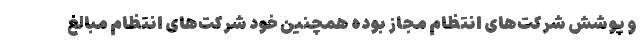
و پوشش شرکت‌های انتظام مجاز بوده همچنین خود شرکت‌های انتظام مبالغ